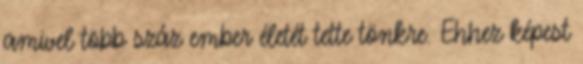
amivel több száz ember életét tette tönkre. Ehhez képest